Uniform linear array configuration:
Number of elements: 64
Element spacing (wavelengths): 0.5
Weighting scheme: hann
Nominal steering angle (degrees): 60
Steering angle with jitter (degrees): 60.136
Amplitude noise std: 0.05
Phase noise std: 0.05

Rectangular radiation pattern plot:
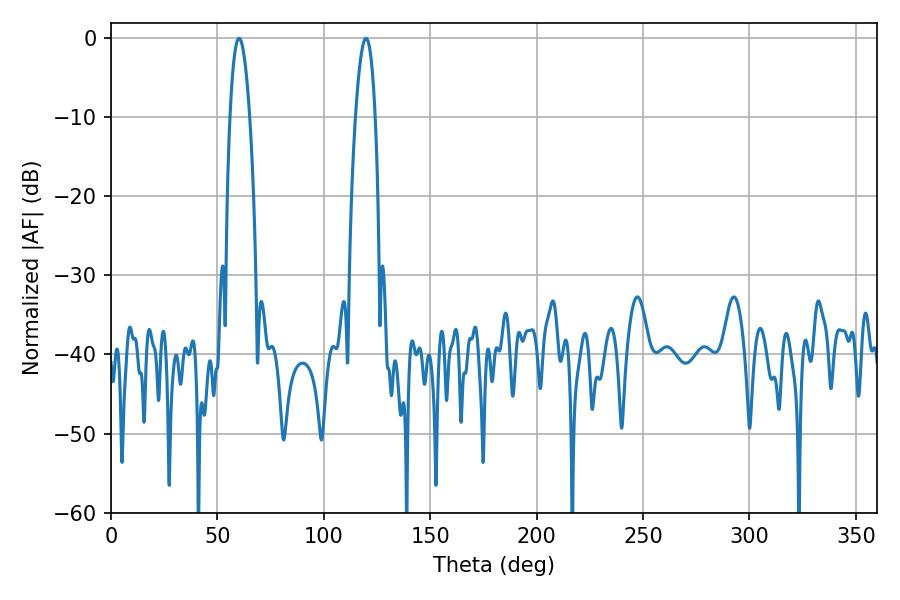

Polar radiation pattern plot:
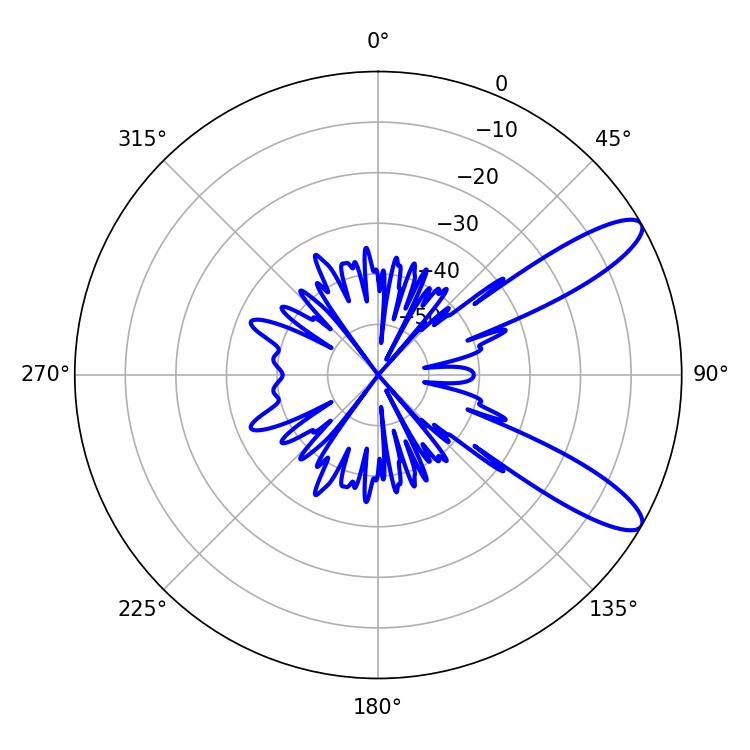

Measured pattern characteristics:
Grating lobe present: FALSE
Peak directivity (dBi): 10.773
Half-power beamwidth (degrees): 5.04
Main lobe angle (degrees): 60.12